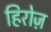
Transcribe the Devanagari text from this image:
हिरोज़